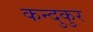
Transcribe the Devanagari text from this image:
कन्दुकुर